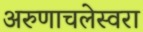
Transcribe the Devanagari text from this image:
अरुणाचलेस्वरा